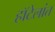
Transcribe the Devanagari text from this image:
हॉटेलांत